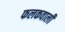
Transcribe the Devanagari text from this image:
फलकवाली